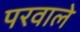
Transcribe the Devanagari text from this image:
परवाले